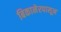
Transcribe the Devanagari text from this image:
बिकानेरपासून